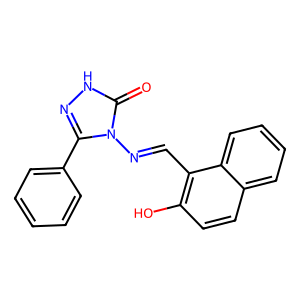
SMILES: O=c1[nH]nc(-c2ccccc2)n1N=Cc1c(O)ccc2ccccc12
Inhibits HIV replication: No